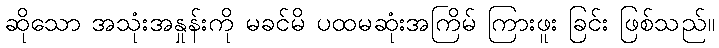
ဆိုသော အသုံးအနှုန်းကို မခင်မိ ပထမဆုံးအကြိမ် ကြားဖူး ခြင်း ဖြစ်သည်။